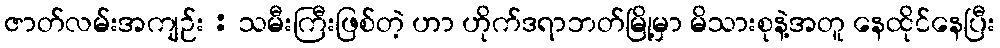
ဇာတ်လမ်းအကျဉ်း : သမီးကြီးဖြစ်တဲ့ ဟာ ဟိုက်ဒရာဘတ်မြို့မှာ မိသားစုနဲ့အတူ နေထိုင်နေပြီး